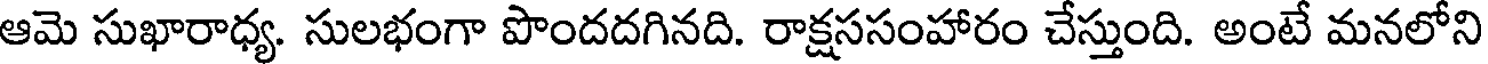
ఆమె సుఖారాధ్య. సులభంగా పొందదగినది. రాక్షససంహారం చేస్తుంది. అంటే మనలోని